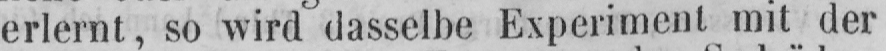
erlernt, so wird dasselbe Experiment mit der